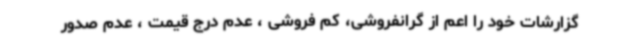
گزارشات خود را اعم از گرانفروشی، کم فروشی ، عدم درج قیمت ، عدم صدور